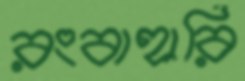
রংবাহারি